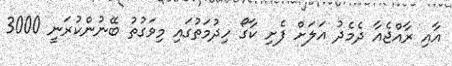
އާއި ރާއްޖެއާ ދެމެދު އަލަށް ފެށި ކާގޯ ހިދުމަތުގައި މިވަގުތު ބޭނުންކުރަނީ 3000